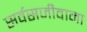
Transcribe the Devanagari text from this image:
सर्वसजीवाना